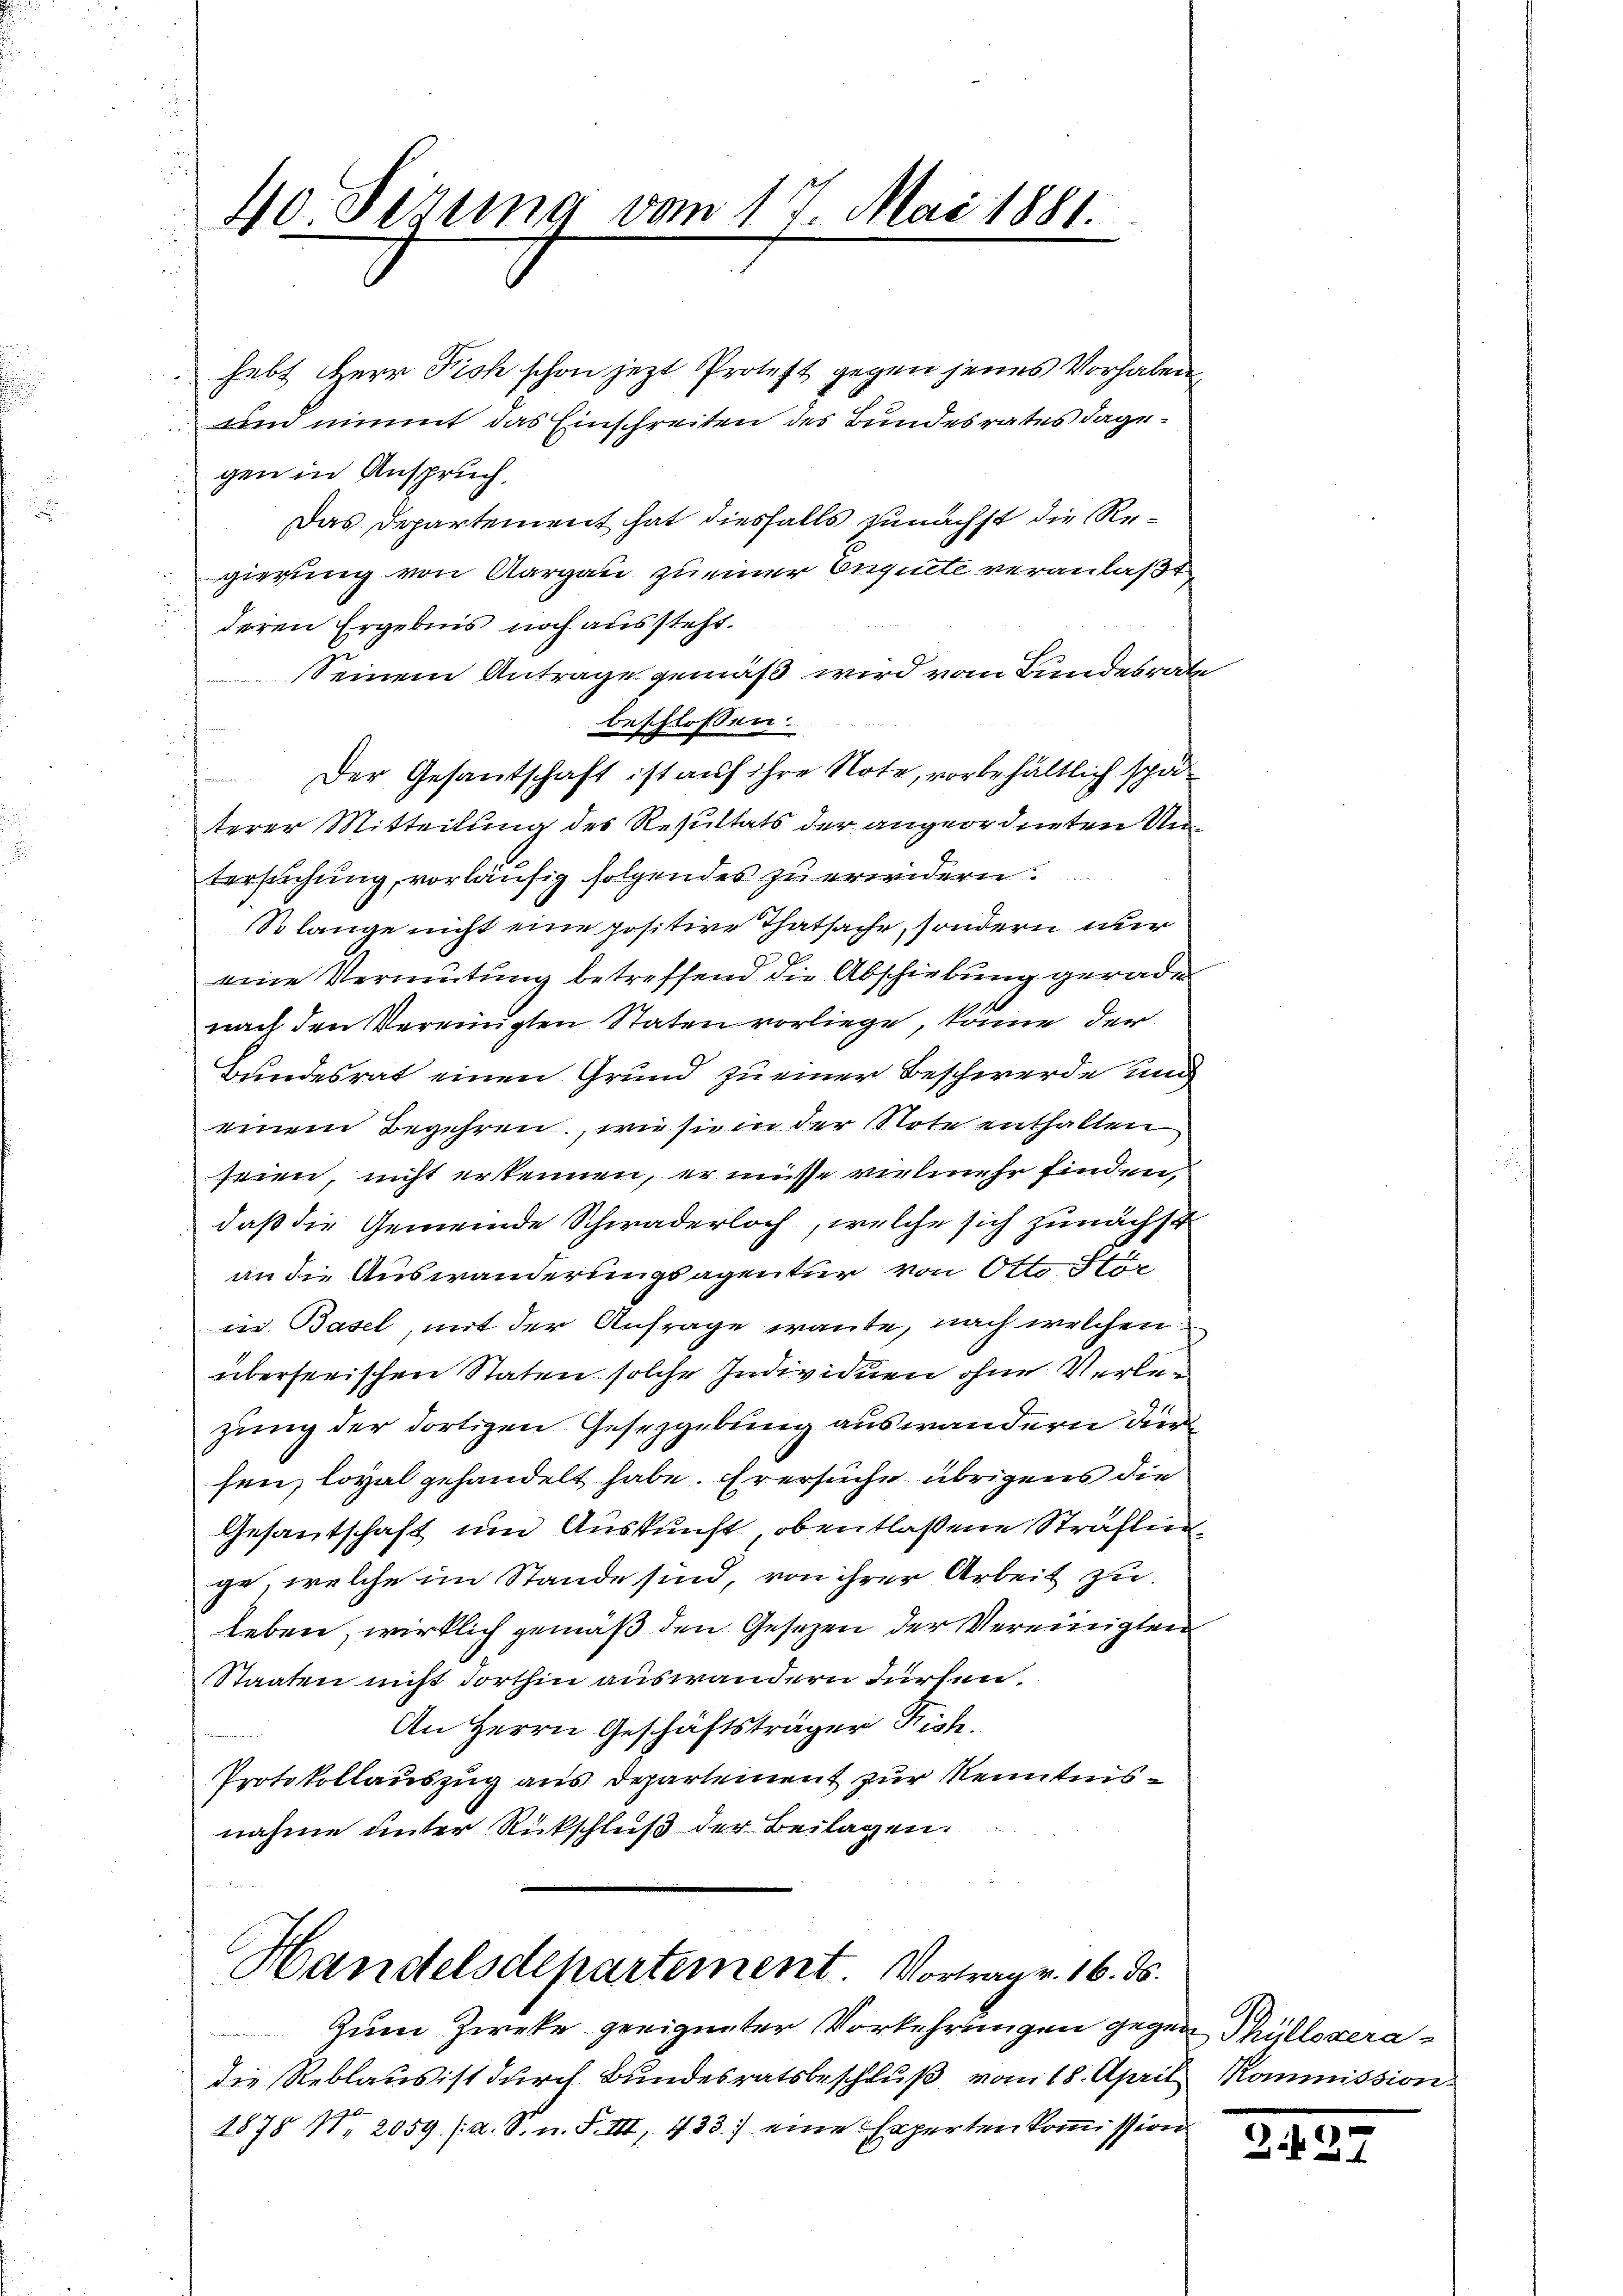
40. Sirung vom 17. Mai 1881.

hebt Herr Fich schon jetzt Protest gegen jenes Vorhaben,
und nimmt das Einschreiten des Bundesrates dagegen in Anspruch.
Das Departement hat diesfalls zunächst die Regierung von Aargau zu einer Enguete veranlaßt
deren Ergebnis noch aussteht.
Seinem Antrage gemäß wird vom Bundesrate
beschlossen.
 Der Gesantschaft ist auf ihre Note, vorbehältlich späterer Mitteilung des Resultats der angeordneten Untersuchung, vorläufig folgendes zu erwidern.
So lange nicht eine positive Thatsache, sondern nur
eine Vermutung betreffend die Abschiebung gerade
nach den Vereinigten Staten vorliege, könne der
Bundesrat einen Grund zu einer Beschwerde und
einem Begehren, wie sie in der Note enthalten
seien, nicht erkennen, er müsse vielmehr finden,
daß die Gemeinde Schwaderloch, welche sich zunächst
an die Auswanderungsagentur von Otto Stör
in Basel, mit der Anfrage wante, nach welchen
überherischen Staten solche Individuen ohne Verlezung der dortigen Gesetzgebung auswandern dur
sen, loyal gehandelt habe. Er ersuche übrigens die
Gesantschaft und Auskunft, obentlaßene Sträflinge, welche im Stande sind, von ihrer Arbeit zu
leben, wirklich gemäß den Gesezen der Vereinigten
Staaten nicht dorthin auswandern Fürsen.
An Herrn Geschäftsträger Fish.
Protokollauszug aus Departement zur Kenntnisnahme unter Rückschluß der Beilagen.

Handelsdepartement. Vortrag v. 16. ds.

Zum Zweke geeigneter Vorkehrungen gegen Thüllogeradie Reblaus ist durch Bundesratsbeschluß vom 18. April Kommission.
1878 1. 2059 (a. S. n. F. III, 433. eine Expertenkommission

Z 27